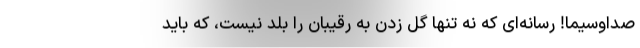
صداوسیما! رسانه‌ای که نه تنها گل زدن به رقیبان را بلد نیست، که باید